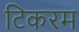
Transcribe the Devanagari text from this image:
टिकरम